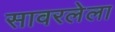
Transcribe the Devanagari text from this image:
सावरलेला